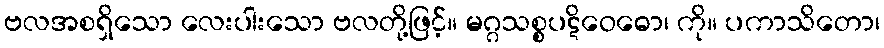
ဗလအစရှိသော လေးပါးသော ဗလတို့ဖြင့်။ မဂ္ဂသစ္စပဋိဝေဓော၊ ကို။ ပကာသိတော၊